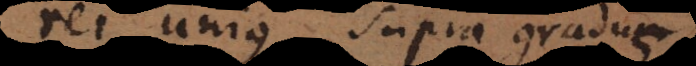
rei unius, supra gradum